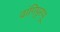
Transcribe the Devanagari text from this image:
वांगिपुरप्पू